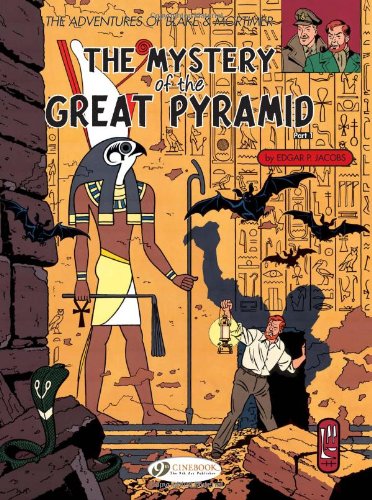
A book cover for The Mystery of the Great Pyramid, Part 1: Blake and Mortimer 2 (Adventures of Blake & Mortimer) (Pt. 1); Edgar P. Jacobs; Comics & Graphic Novels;